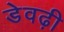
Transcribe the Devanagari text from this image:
डेवढ़ी